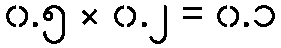
၀.၅ × ၀.၂ = ၀.၁